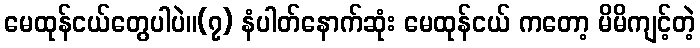
မေထုန်ငယ်တွေပါပဲ။(၇) နံပါတ်နောက်ဆုံး မေထုန်ငယ် ကတော့ မိမိကျင့်တဲ့